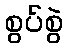
စွပ်စွဲ